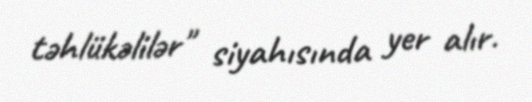
təhlükəlilər" siyahısında yer alır.